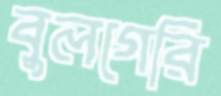
বুলগেরি